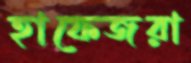
হাফেজরা